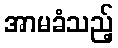
အာမခံသည့်